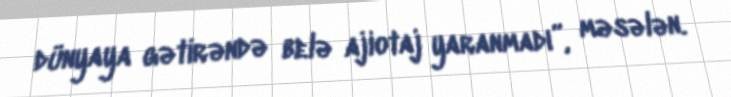
dünyaya gətirəndə belə ajiotaj yaranmadı”, məsələn.